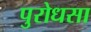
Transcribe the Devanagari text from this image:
पुरोधसा